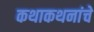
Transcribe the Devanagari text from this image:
कथाकथनांचे